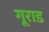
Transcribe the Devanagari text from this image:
गूराड